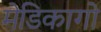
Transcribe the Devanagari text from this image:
मेडिकागो